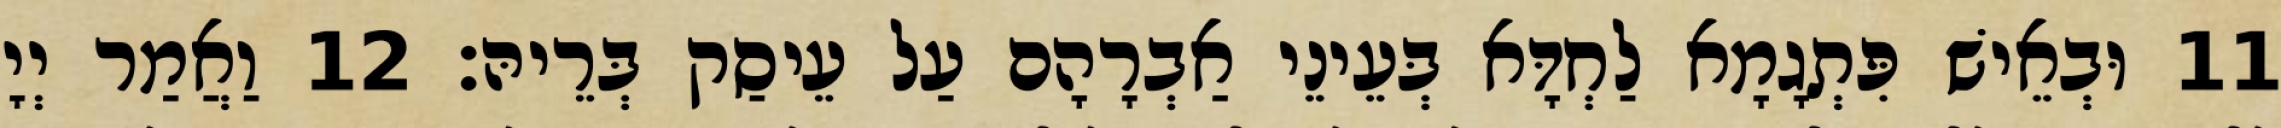
11 וּבְאֵישׁ פִּתְגָמָא לַחְדָּא בְּעֵינֵי אַבְרָהָם עַל עֵיסַק בְּרֵיהּ׃ 12 וַאֲמַר יְיָ